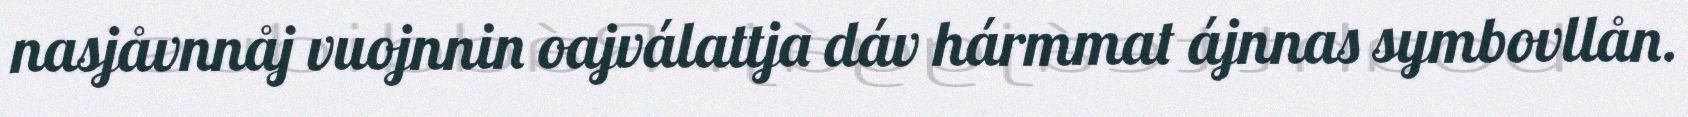
nasjåvnnåj vuojnnin oajválattja dáv hármmat ájnnas symbovllån.